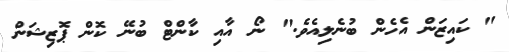
" ކައިޒަން އެހެން ބުނެލިއެވެ." ނޯ އާއި ކާންޓް ބުނޭ ކޮން ޕޮޒިޝަން